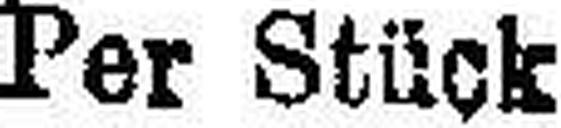
Per Stück